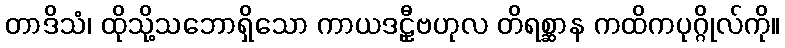
တာဒိသံ၊ ထိုသို့သဘောရှိသော ကာယဒဠှီဗဟုလ တိရစ္ဆာန ကထိကပုဂ္ဂိုလ်ကို။